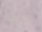
المتوفي